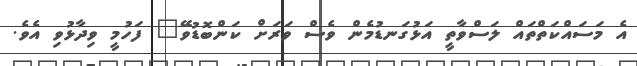
އެ މަސައްކަތްތައް ލަސްވާތީ އަޅުގަނޑުމެން ވެސް ވަރަށް ކަންބޮޑުވޭ" ފަހުމީ ވިދާޅުވި އެވެ.